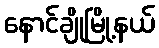
နောင်ချိုမြို့နယ်